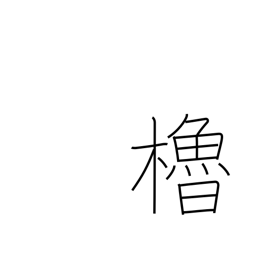
Meaning: oar